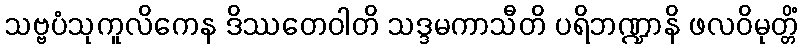
သဗ္ဗပံသုကူလိကေန ဒိဿတေဝါတိ သဒ္ဒမကာသီတိ ပရိဘဏ္ဍာနိ ဖလဝိမုတ္တိံ